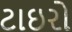
ટાઇરો